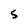
Character: 5